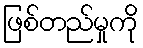
ဖြစ်တည်မှုကို